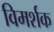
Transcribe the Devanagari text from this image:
विमर्शक